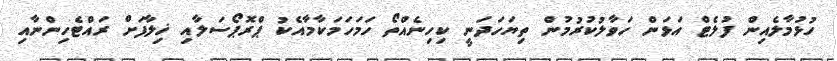
ހުޅުމާލެއިން ފުލެޓް އަޅަން ހަވާލުކުރުމުން ތިޔަހަދަނީ ކިހިނެއްތޯ ހަމަހަމަކާމާއެކު ޕްރޮޕޯސަލާއި ޚިލާފަށް ރައްޓެހިންނާއި